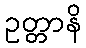
ဥတ္တာနိ